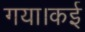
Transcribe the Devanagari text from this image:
गया।कई